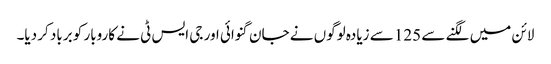
لائن میں لگنے سے 125 سے زیادہ لوگوں نے جان گنوائی اور جی ایس ٹی نے کاروبار کو برباد کر دیا۔